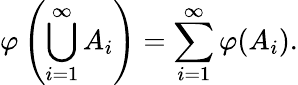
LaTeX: \varphi\left(\bigcup_{i=1}^{\infty}A_{i}\right)=\sum_{i=1}^{\infty}\varphi(A_{i}).